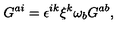
G ^ { a i } = \epsilon ^ { i k } \xi ^ { k } \omega _ { b } G ^ { a b } ,